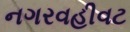
નગરવહીવટ